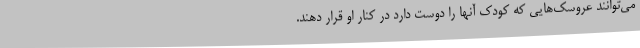
می‌توانند عروسک‌هایی که کودک آنها را دوست دارد در کنار او قرار دهند.